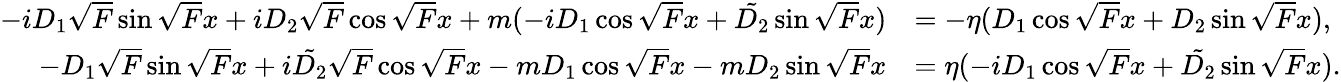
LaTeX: \begin{array}{rl}{-iD_{1}\sqrt{F}\sin\sqrt{F}x+iD_{2}\sqrt{F}\cos\sqrt{F}x+m(-iD_{1}\cos\sqrt{F}x+\tilde{D_{2}}\sin\sqrt{F}x)}&{=-\eta(D_{1}\cos\sqrt{F}x+D_{2}\sin\sqrt{F}x),}\\ {-D_{1}\sqrt{F}\sin\sqrt{F}x+i\tilde{D_{2}}\sqrt{F}\cos\sqrt{F}x-mD_{1}\cos\sqrt{F}x-mD_{2}\sin\sqrt{F}x}&{=\eta(-iD_{1}\cos\sqrt{F}x+\tilde{D_{2}}\sin\sqrt{F}x).}\end{array}